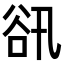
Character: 𧮬